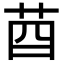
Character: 𦮄